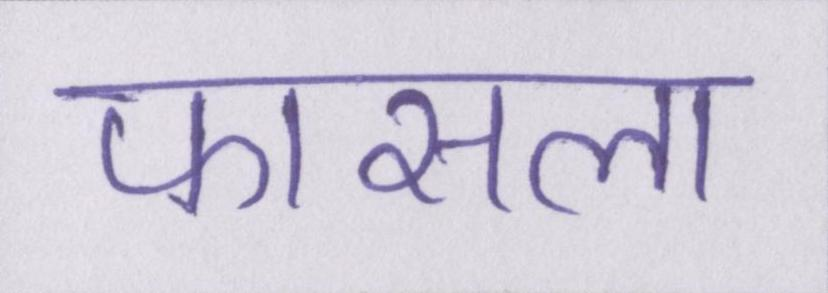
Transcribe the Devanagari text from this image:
फासला